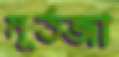
মূর্তজা